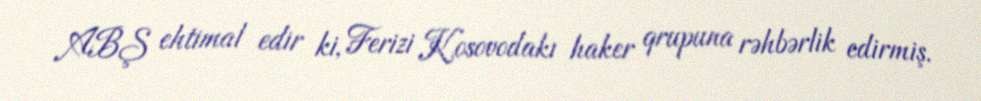
ABŞ ehtimal edir ki, Ferizi Kosovodakı haker qrupuna rəhbərlik edirmiş.